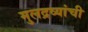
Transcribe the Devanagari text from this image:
मुलद्रव्यांची